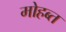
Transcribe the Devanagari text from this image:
मोहब्त